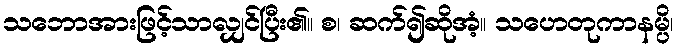
သဘောအားဖြင့်သာလျှင်ပြီး၏။ စ၊ ဆက်၍ဆိုအံ့။ သဟေတုကာနမ္ပိ၊